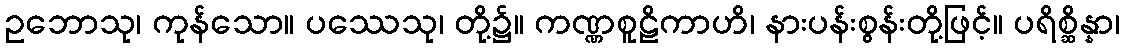
ဥဘောသု၊ ကုန်သော။ ပဿေသု၊ တို့၌။ ကဏ္ဏစူဠိကာဟိ၊ နားပန်းစွန်းတို့ဖြင့်။ ပရိစ္ဆိန္နာ၊